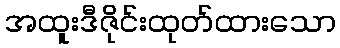
အထူးဒီဇိုင်းထုတ်ထားသော